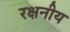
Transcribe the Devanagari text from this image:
रक्षनीय